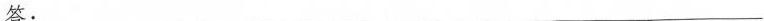
答：___